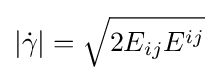
|{\dot {\gamma }}|={\sqrt {2E_{ij}E^{ij}}}